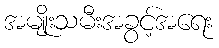
အမျိုးသမီးအခွင့်အရေး